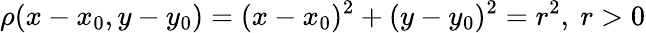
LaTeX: \rho(x-x_{0},y-y_{0})=(x-x_{0})^{2}+(y-y_{0})^{2}=r^{2},\ r>0